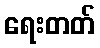
ရေးတတ်